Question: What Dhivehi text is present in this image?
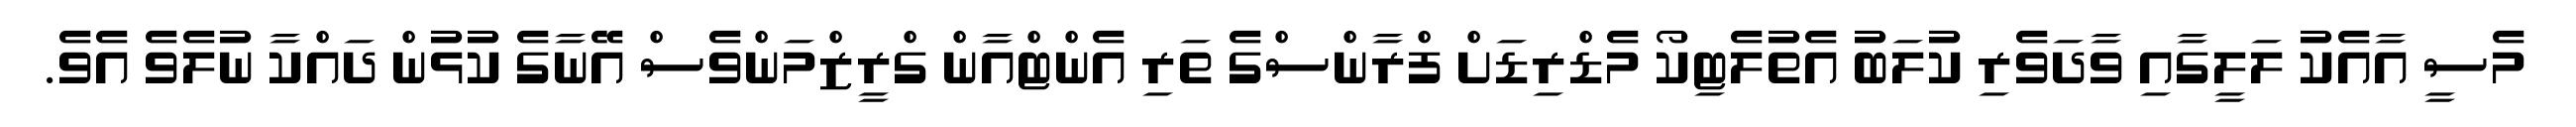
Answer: މެސީ އާއެކު ލަލީގާއި ވާދަވެރި ކުލަބު އެތުލެޓިކޯ މެޑްރިޑަށް ފްރާންސްގެ ތަރި އެންޓްއާން ގްރީޒްމަންވެސް އޭނާގެ ކުޅުން ދައްކާ ނުލެވެ އެވެ.